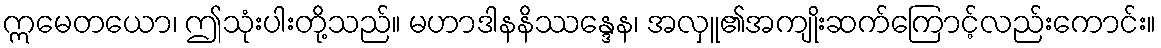
ဣမေတယော၊ ဤသုံးပါးတို့သည်။ မဟာဒါနနိဿန္ဒေန၊ အလှူ၏အကျိုးဆက်ကြောင့်လည်းကောင်း။